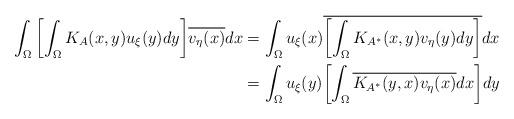
LaTeX: \begin{align*}\int_{\Omega}{\left[\int_{\Omega}K_{A}(x,y)u_{\xi}(y)dy\right]}\overline{v_{\eta}(x)}dx & =\int_{\Omega}{u_{\xi}(x)}\overline{\left[\int_{\Omega}K_{A^{\ast}}(x,y)v_{\eta}(y)dy\right]}dx \\& = \int_{\Omega}{u_{\xi}(y)}{\left[\int_{\Omega}\overline{K_{A^{\ast}}(y,x)}\overline{v_{\eta}(x)}dx\right]}dy\end{align*}